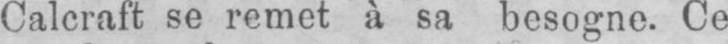
Calcraft se remet à sa besogne. Ce